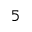
5